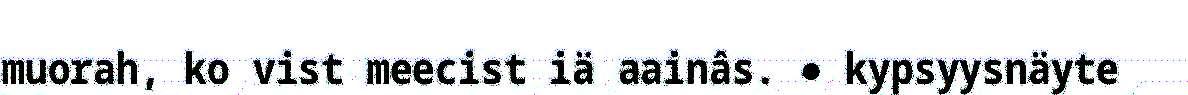
muorah, ko vist meecist iä aainâs. ● kypsyysnäyte